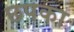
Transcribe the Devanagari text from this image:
छपका